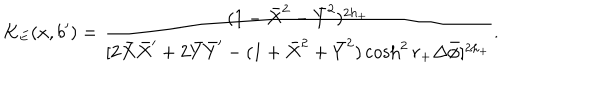
LaTeX: K _ { E } ( x , b ^ { \prime } ) = { \frac { ( 1 - \bar { X } ^ { 2 } - \bar { Y } ^ { 2 } ) ^ { 2 h _ { + } } } { [ 2 \bar { X } \bar { X } ^ { \prime } + 2 \bar { Y } \bar { Y } ^ { \prime } - ( 1 + \bar { X } ^ { 2 } + \bar { Y } ^ { 2 } ) \cosh ^ { 2 } r _ { + } \Delta \bar { \phi } ] ^ { 2 h _ { + } } } } .